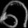
Digit: ၈